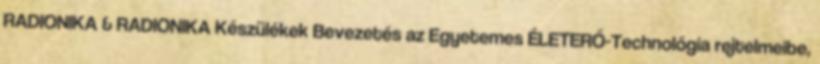
RADIONIKA & RADIONIKA Készülékek Bevezetés az Egyetemes ÉLETERŐ-Technológia rejtelmeibe,